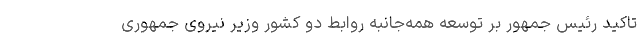
تاکید رئیس جمهور بر توسعه همه‌جانبه روابط دو کشور وزیر نیروی جمهوری